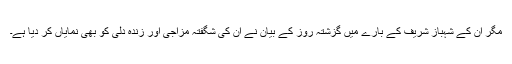
مگر ان کے شہباز شریف کے بارے میں گزشتہ روز کے بیان نے ان کی شگفتہ مزاجی اور زندہ دلی کو بھی نمایاں کر دیا ہے۔